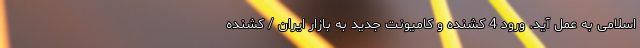
اسلامی به‌ عمل آید. ورود 4 کشنده و کامیونت جدید به بازار ایران / کشنده